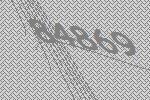
84869